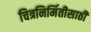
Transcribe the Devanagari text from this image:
चित्रनिर्मितीसाठी